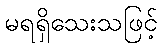
မရရှိသေးသဖြင့်